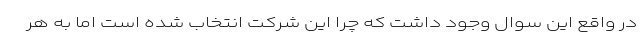
در واقع این سوال وجود داشت که چرا این شرکت انتخاب شده است اما به هر